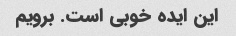
این ایده خوبی است. برویم